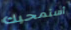
أستمحيك